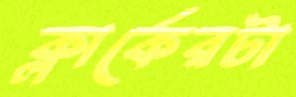
ক্লার্কেরটা